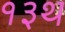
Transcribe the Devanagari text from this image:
१३थ